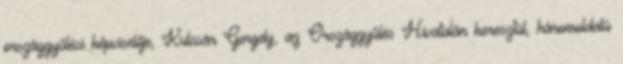
országgyűlési képviselője, Kulcsár Gergely, az Országgyűlés Hivatalán keresztül, háromoldalú